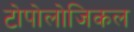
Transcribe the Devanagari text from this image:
टोपोलोजिकल